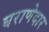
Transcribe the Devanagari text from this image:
घराणेदार